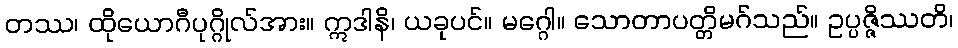
တဿ၊ ထိုယောဂီပုဂ္ဂိုလ်အား။ ဣဒါနိ၊ ယခုပင်။ မဂ္ဂေါ။ သောတာပတ္တိမဂ်သည်။ ဥပ္ပဇ္ဇိဿတိ၊